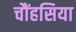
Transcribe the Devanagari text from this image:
चौंहसिया